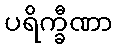
ပရိက္ခီဏာ